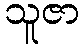
သူဇာ